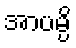
အာပမ္ပိ